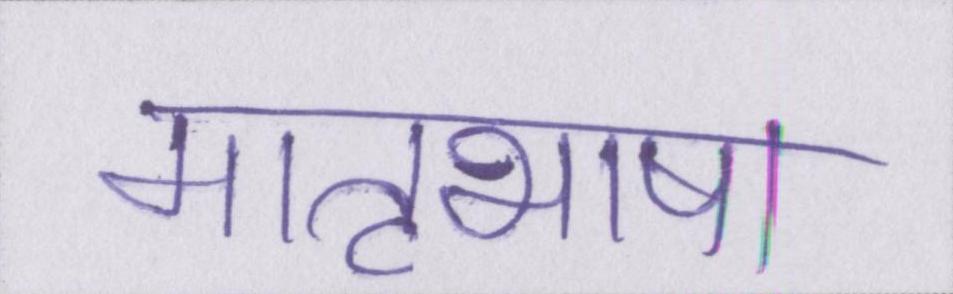
मातृभाषा